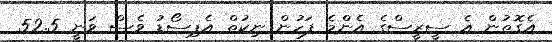
އެގޮތުން އެ ސީރީސްގެ އެންމެ ފަހުން ނިކުތް އެޕިސޯޑު ވެސް ވަނީ 52.5